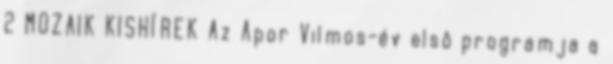
2 MOZAIK KISHÍREK Az Apor Vilmos-év elsô programja a